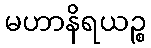
မဟာနိရယဉ္စ